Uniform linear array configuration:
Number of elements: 4
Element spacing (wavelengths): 0.25
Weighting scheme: hann
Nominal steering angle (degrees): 0
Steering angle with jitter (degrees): -1.578
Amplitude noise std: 0.05
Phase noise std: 0.05

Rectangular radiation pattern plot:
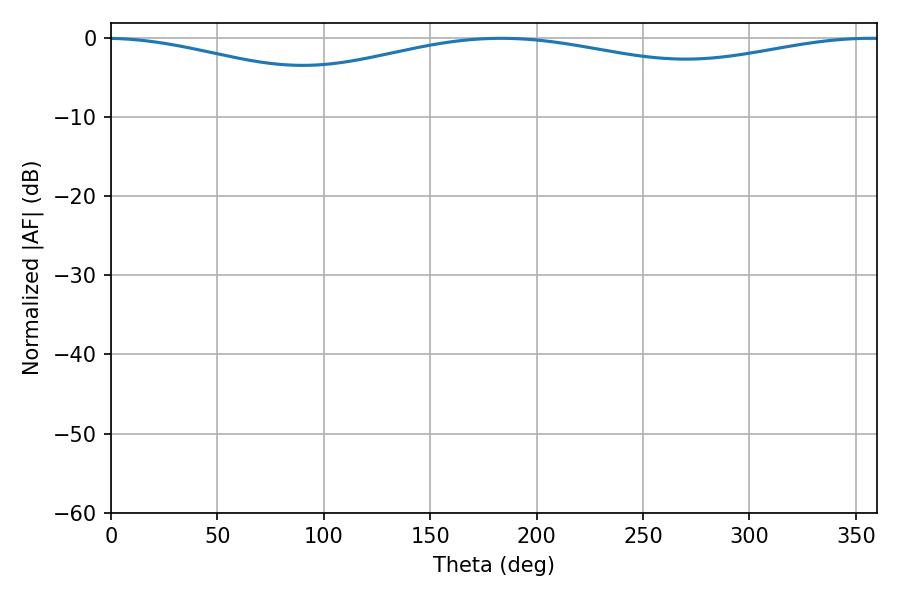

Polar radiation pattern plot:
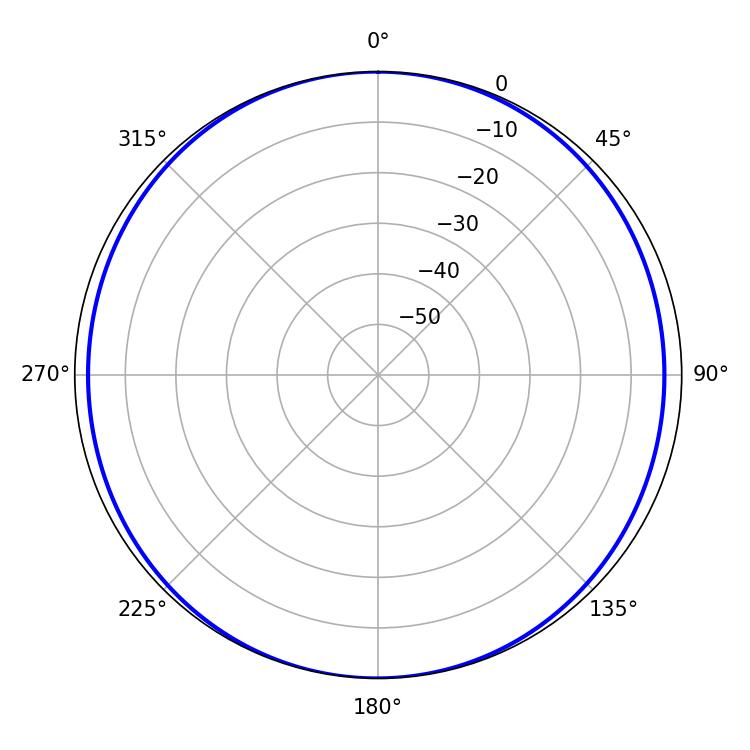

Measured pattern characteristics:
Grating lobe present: FALSE
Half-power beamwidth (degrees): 250.38
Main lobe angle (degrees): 183.24